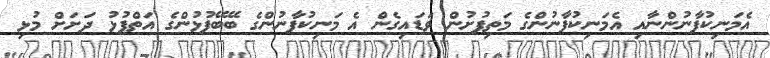
އެމަނިކުފާނުންނާއި އެމަނިކުފާނުންގެ މަތިފުށުން ވަޑައިގެން އެ މަނިކުފާނުންގެ ބޭބޭފުޅުންގެ އަތްޕުޅު ދަށަށް މުޅި